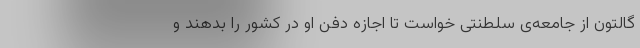
گالتون از جامعه‌ی سلطنتی خواست تا اجازه دفن او در کشور را بدهند و